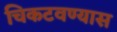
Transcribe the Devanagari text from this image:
चिकटवण्यास